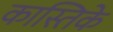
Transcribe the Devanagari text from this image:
कास्तिके